Reports on dispensaries and lunatic asylums in the Province of Oudh - 1869-1876
Year: 1869
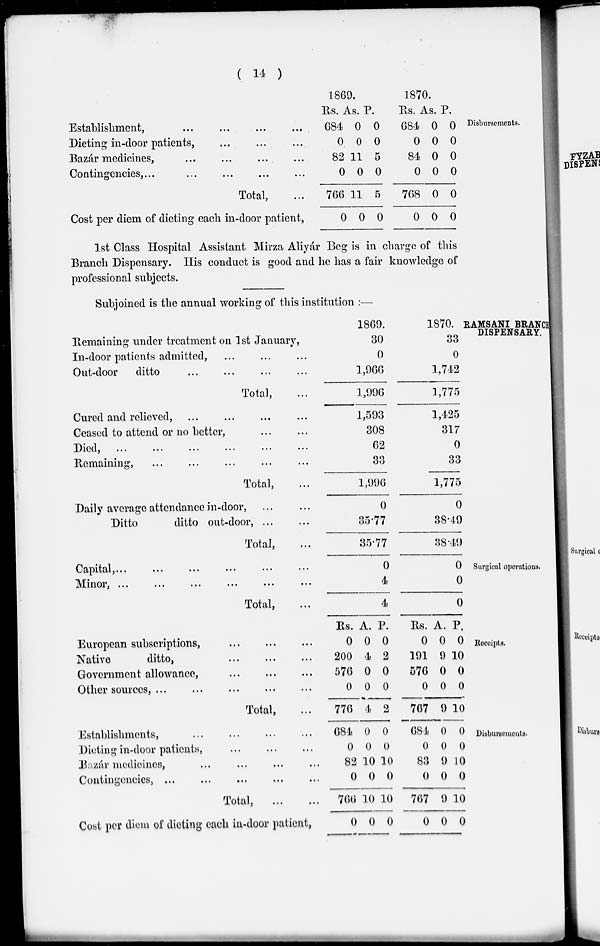
( 14 )
Disbursements.
Establishment, ... ... ... ...
Dieting in-door patients, ... ... ...
Bazár medicines, ... ... ... ...
Contingencies, ... ... ... ... ...
Total, ...
Cost per diem of dieting each in-door patient,
1869.
Rs.
684
0
82
0
766
0
As.
0
0
11
0
11
0
P.
0
0
5
0
5
0
1870.
Rs.
684
0
84
0
768
0
As.
0
0
0
0
0
0
P.
0
0
0
0
0
0
1st Class Hospital Assistant Mirza Aliyár Beg is in charge of this
Branch Dispensary. His conduct is good and he has a fair knowledge of
professional subjects.
RAMSANI BRANCH
DISPENSARY.
Subjoined is the annual working of this institution :—
Remaining under treatment on 1st January,
In-door patients admitted, ... ... ...
Out-door
ditto ... ... ... ...
Total, ...
Cured and relieved, ... ... ... ...
Ceased to attend or no better, ... ...
Died, ... ... ... ... ... ...
Remaining, ... ... ... ... ... ...
Total, ...
Daily average attendance in-door, ... ...
Ditto
ditto out-door, ... ...
Total, ...
1869.
30
0
1,966
1,996
1,593
308
62
33
1,996
0
35.77
35.77
1870.
33
0
1,742
1,775
1,425
317
0
33
1,775
0
38.49
38.49
Surgical operations.
Capital,
...
...
...
...
...
...
Minor,
...
...
...
...
...
...
Total, ...
0
4
4
0
0
0
Receipts.
European subscriptions, ... ... ...
Native
ditto,
Government allowance, ... ... ...
Other sources, ... ... ... ... ...
Total, ...
Rs.
0
200
576
0
776
A.
0
4
0
0
4
P.
0
2
0
0
2
Rs.
0
191
576
0
767
A.
0
9
0
0
9
P.
0
10
0
0
10
Disbursements.
Establishments, ... ... ... ...
Dieting in-door patients, ... ... ...
Bazár medicines, ... ... ... ...
Contingencies, ... ... ... ... ...
Total, ... ...
Cost per diem of dieting each in-door patient,
684
0
82
0
766
0
0
0
10
0
10
0
0
0
10
0
10
0
684
0
83
0
767
0
0
0
9
0
9
0
0
0
10
0
10
0